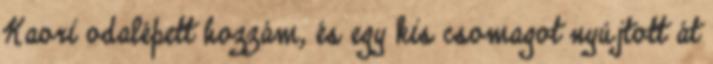
Kaori odalépett hozzám, és egy kis csomagot nyújtott át